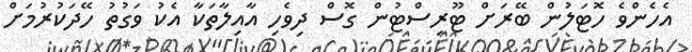
އެހެންވެ ހޮޓަލުން ބޭރަށް ޓޫރިސްޓުން ގޮސް ދިވެހި އާއިލާތަކާ އެކު ވަގުތު ހޭދަކުރުމަށް